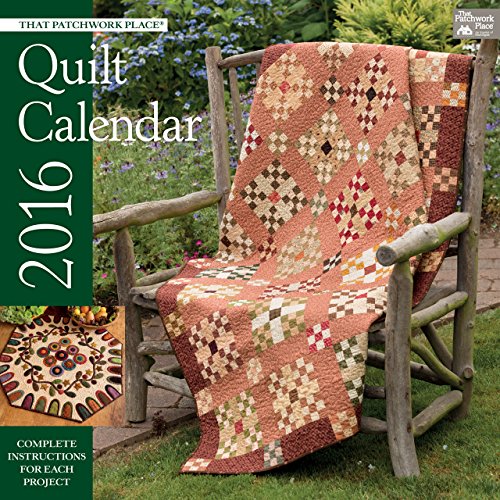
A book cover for That Patchwork Place Quilt Calendar 2016; That Patchwork Place; Calendars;